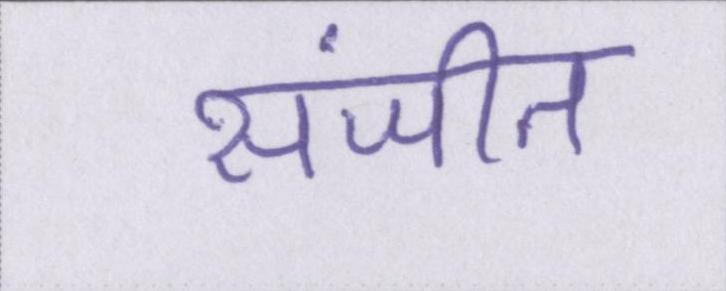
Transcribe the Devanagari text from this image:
संजीत